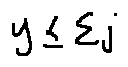
y \leq \sum j